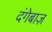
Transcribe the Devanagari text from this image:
दंगेबाज़